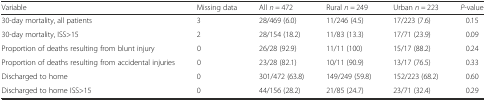
| Variable | Missing data | All n = 472 | Rural n = 249 | Urban n = 223 | P-value |
 | --- | --- | --- | --- | --- | --- |
 | 30-day mortality, all patients | 3 | 28/469 (6.0) | 11/246 (4.5) | 17/223 (7.6) | 0.15 |
 | 30-day mortality, ISS>15 | 2 | 28/154 (18.2) | 11/83 (13.3) | 17/71 (23.9) | 0.09 |
 | Proportion of deaths resulting from blunt injury | 0 | 26/28 (92.9) | 11/11 (100) | 15/17 (88.2) | 0.24 |
 | Proportion of deaths resulting from accidental injuries | 0 | 23/28 (82.1) | 10/11 (90.9) | 13/17 (76.5) | 0.33 |
 | Discharged to home | 0 | 301/472 (63.8) | 149/249 (59.8) | 152/223 (68.2) | 0.60 |
 | Discharged to home ISS>15 | 0 | 44/156 (28.2) | 21/85 (24.7) | 23/71 (32.4) | 0.29 |